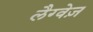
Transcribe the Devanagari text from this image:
लैग्वेज़